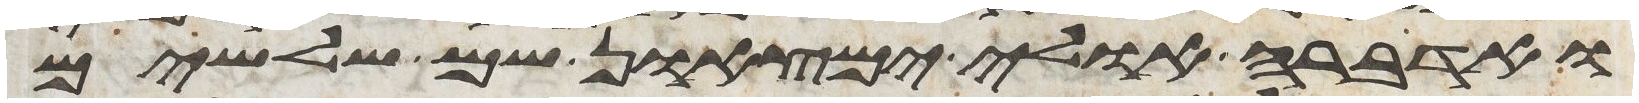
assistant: ואדברה אולי ימצאון שם שלשים